Lunatic asylums in Bengal annual reports 1888-1898 - 1888-1898
Year: 1888
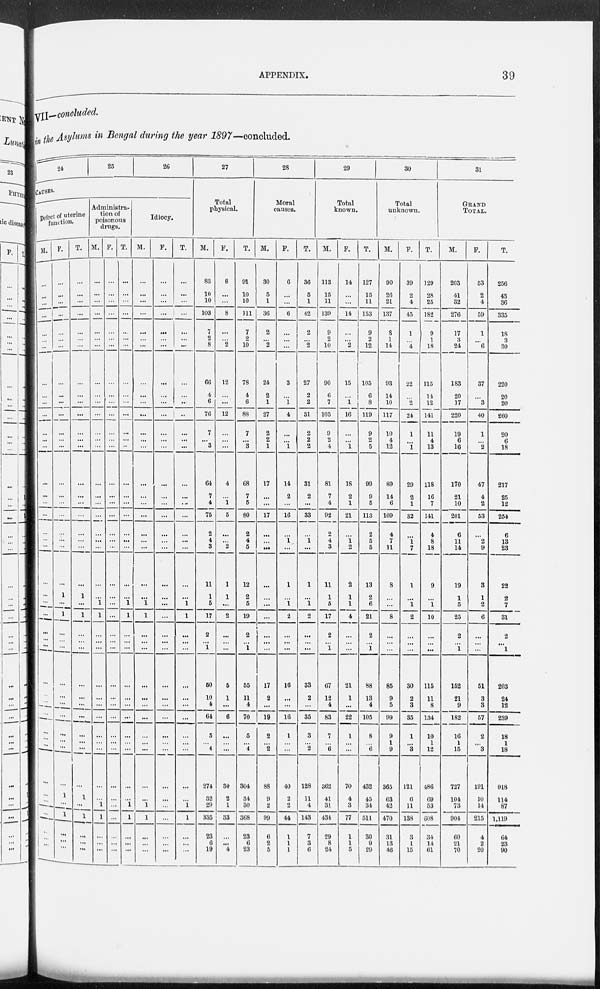
APPENDIX.
39
VII— concluded.
in the Asylums in Bengal during the year 1897—concluded.
24
25
26
CAUSES.
Defect of uterine
function.
M.
...
...
...
...
...
...
...
...
...
...
...
...
...
...
...
...
...
...
...
...
...
...
...
...
...
...
...
...
...
...
...
...
...
...
...
...
...
...
...
...
...
...
F.
...
...
...
...
...
...
...
...
...
...
...
...
...
...
...
...
...
...
...
...
...
...
1
...
1
...
...
...
...
...
...
...
...
...
...
...
1
...
1
...
...
...
T.
...
...
...
...
...
...
...
...
...
...
...
...
...
...
...
...
...
...
...
...
...
...
1
...
1
...
...
...
...
...
...
...
...
...
...
...
1
...
1
...
...
...
Administra-
tion of
poisonous
drugs.
M.
...
...
...
...
...
...
...
...
...
...
...
...
...
...
...
...
...
...
...
...
...
...
...
1
1
...
...
...
...
...
...
...
...
...
...
...
...
1
1
...
...
...
F.
...
...
...
...
...
...
...
...
...
...
...
...
...
...
...
...
...
...
...
...
...
...
...
...
...
...
...
...
...
...
...
...
...
...
...
...
...
...
...
...
...
...
T.
...
...
...
...
...
...
...
...
...
...
...
...
...
...
...
...
...
...
...
...
...
...
...
1
1
...
...
...
...
...
...
...
...
...
...
...
...
1
1
...
...
...
Idiocy.
M.
...
...
...
...
...
...
...
...
...
...
...
...
...
...
...
...
...
...
...
...
...
...
...
1
1
...
...
...
...
...
...
...
...
...
...
...
...
1
1
...
...
...
F.
...
...
...
...
...
...
...
...
...
...
...
...
...
...
...
...
...
...
...
...
...
...
...
...
...
...
...
...
...
...
...
...
...
...
...
...
...
...
...
...
...
...
T.
...
...
...
...
...
...
...
...
...
...
...
...
...
...
...
...
...
...
...
...
...
...
...
1
1
...
...
...
...
...
...
...
...
...
...
...
...
1
1
...
...
...
27
Total
physical.
M.
83
10
10
103
7
2
8
66
4
6
76
7
...
3
64
7
4
75
2
4
3
11
1
5
17
2
... 1
50
10
4
64
5
...
4
274
32
29
335
23
6
19
F.
8
...
...
8
...
...
2
12
...
...
12
...
...
...
4
...
1
5
...
...
2
1
1
...
2
...
...
...
5
1
...
6
...
... ...
30
2
1
33
...
...
4
T.
91
10
10
111
7
2
10
78
4
6
88
7
...
3
68
7
5
80
2
4
5
12
2
5
19
2
... 1
55
11
4
70
5
...
4
304
34
30
368
23
6
23
28
Moral
causes.
M.
30
5
1
36
2
...
2
24
2
1
27
2
2
1
17
...
...
17
...
...
...
...
...
...
...
...
...
...
17
2
...
19
2
...
2
88
9
2
99
6
2
5
F.
6
...
...
6
...
...
...
3
...
1
4
...
...
1
14
2
...
16
...
1
...
1
...
1
2
...
...
...
16
...
...
16
1
...
...
40
2
2
44
1
1
1
T.
36
5
1
42
2
...
2
27
2
2
31
2
2
2
31
2
...
33
...
1
...
1
...
1
2
...
...
...
33
2
...
35
3
...
2
128
11
4
143
7
3
6
29
Total
known.
M.
113
15
11
139
9
2
10
90
6
7
103
9
2
4
81
7
4
92
2
4
3
11
1
5
17
2
... 1
67
12
4
83
7
... 6
362
41
31
434
29
8
24
F.
14
...
...
14
...
...
2
15
...
1
16
...
...
1
18
2
1
21
...
1
2
2
1
1
4
...
...
...
21
1
...
22
1
...
...
70
4
3
77
1
1
5
T.
127
15
11
153
9
2
12
105
6
8
119
9
2
5
99
9
5
113
2
5
5
13
2
6
21
2
... 1
88
13
4
105
8
... 6
432
45
34
511
30
9
29
30
Total
unknown.
M.
90
26
21
137
8
1
14
93
14
10
117
10
4
12
89
14
6
109
4
7
11
8
...
...
8
...
...
...
85
9
5
99
9
1
9
365
63
42
470
31
13
46
F.
39
2
4
45
1
...
4
22
...
2
24
1
...
1
29
2
1
32
...
1
7
1
...
1
2
...
...
...
30
2
3
35
1
...
3
121
6
11
138
3
1
15
T.
129
28
25
182
9
1
18
115
14
12
141
11
4
13
118
16
7
141
4
8
18
9
...
1
10
...
...
...
115
11
8
134
10
1
12
486
69
53
608
34
14
61
31
GRAND
TOTAL.
M.
203
41
32
276
17
3
24
183
20
17
220
19
6
16
170
21
10
201
6
11
14
19
1
5
25
2
... 1
152
21
9
182
16
1
15
727
104
73
904
60
21
70
F.
53
2
4
59
1
...
6
37
...
3
40
1
...
2
47
4
2
53
...
2
9
3
1
2
6
...
...
...
51
3
3
57
2
...
3
191
10
14
215
4
2
20
T.
256
43
36
335
18
3
30
220
20
20
260
20
6
18
217
25
12
254
6
13
23
22
2
7
31
2
... 1
203
24
12
239
18
1
18
918
114
87
1,119
64
23
90